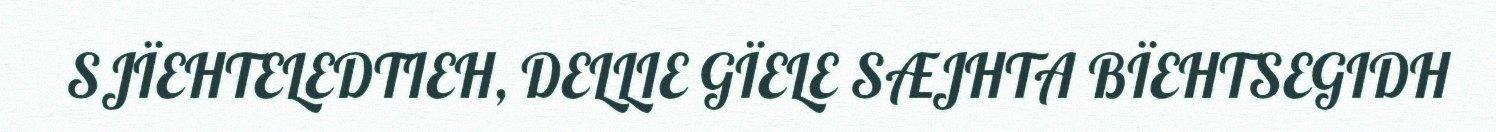
SJÏEHTELEDTIEH, DELLIE GÏELE SÆJHTA BÏEHTSEGIDH